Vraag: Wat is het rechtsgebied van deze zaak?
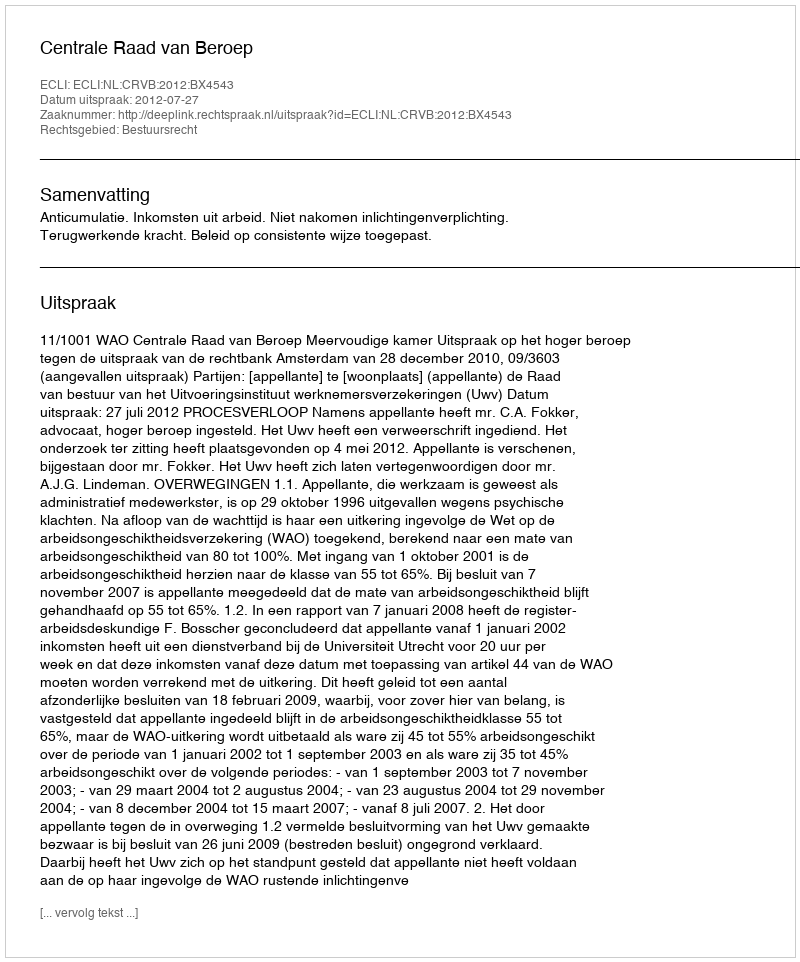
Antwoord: Bestuursrecht